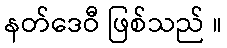
နတ်ဒေဝီ ဖြစ်သည် ။